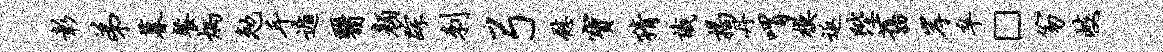
彰弟暮餐炳勉手遁翳颜踪刺弓慰宝猜识揭丹喟模返陛旧岸卒□笏岐